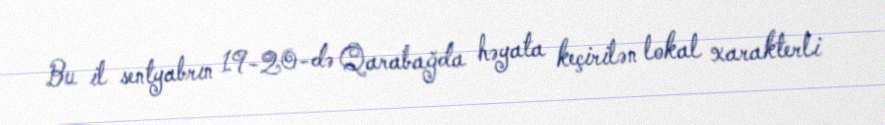
Bu il sentyabrın 19-20-də Qarabağda həyata keçirilən lokal xarakterli